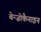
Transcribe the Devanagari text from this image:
बेन्ज़ोकैनाइन